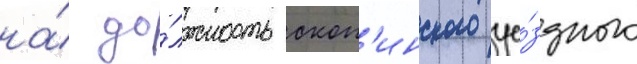
на́ до́лжность скоп'инского уе́здного